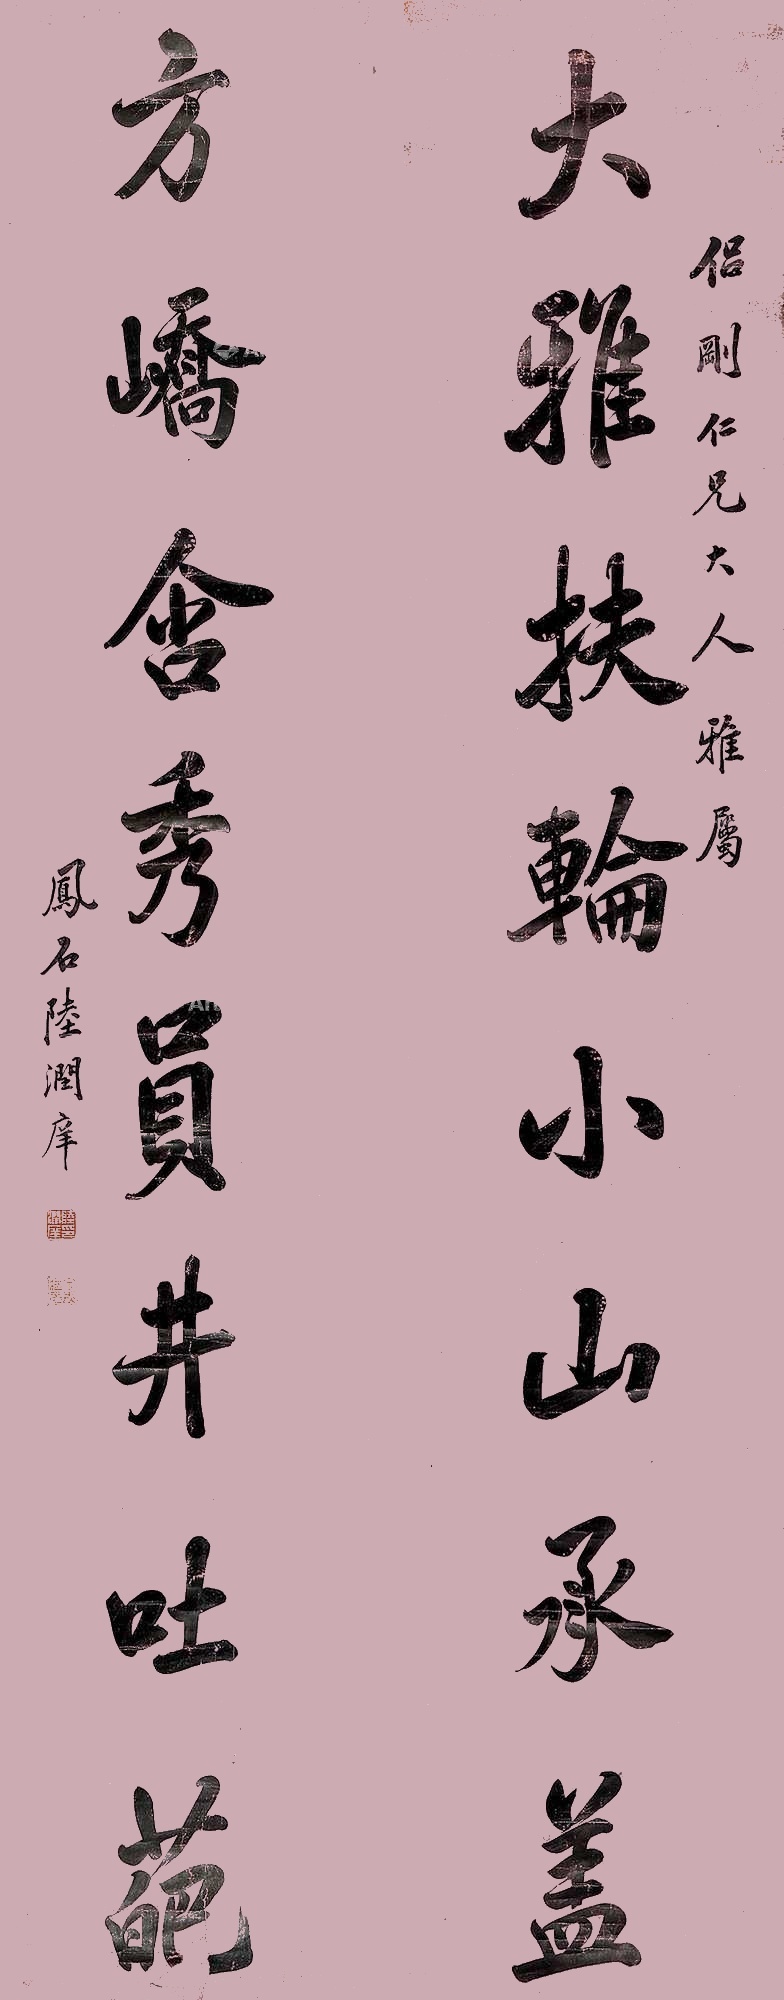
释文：大雅扶轮小山承盖。方峤含秀圆井吐葩。侣刚仁兄大人雅属，凤石陆润庠。